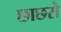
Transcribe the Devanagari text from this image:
छाछरो